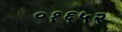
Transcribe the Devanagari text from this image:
०१६५२